Bréfritari: Lárus Bjarnason
Dagsetning: A-1872-03-12
Skrifað á: Árnakoti

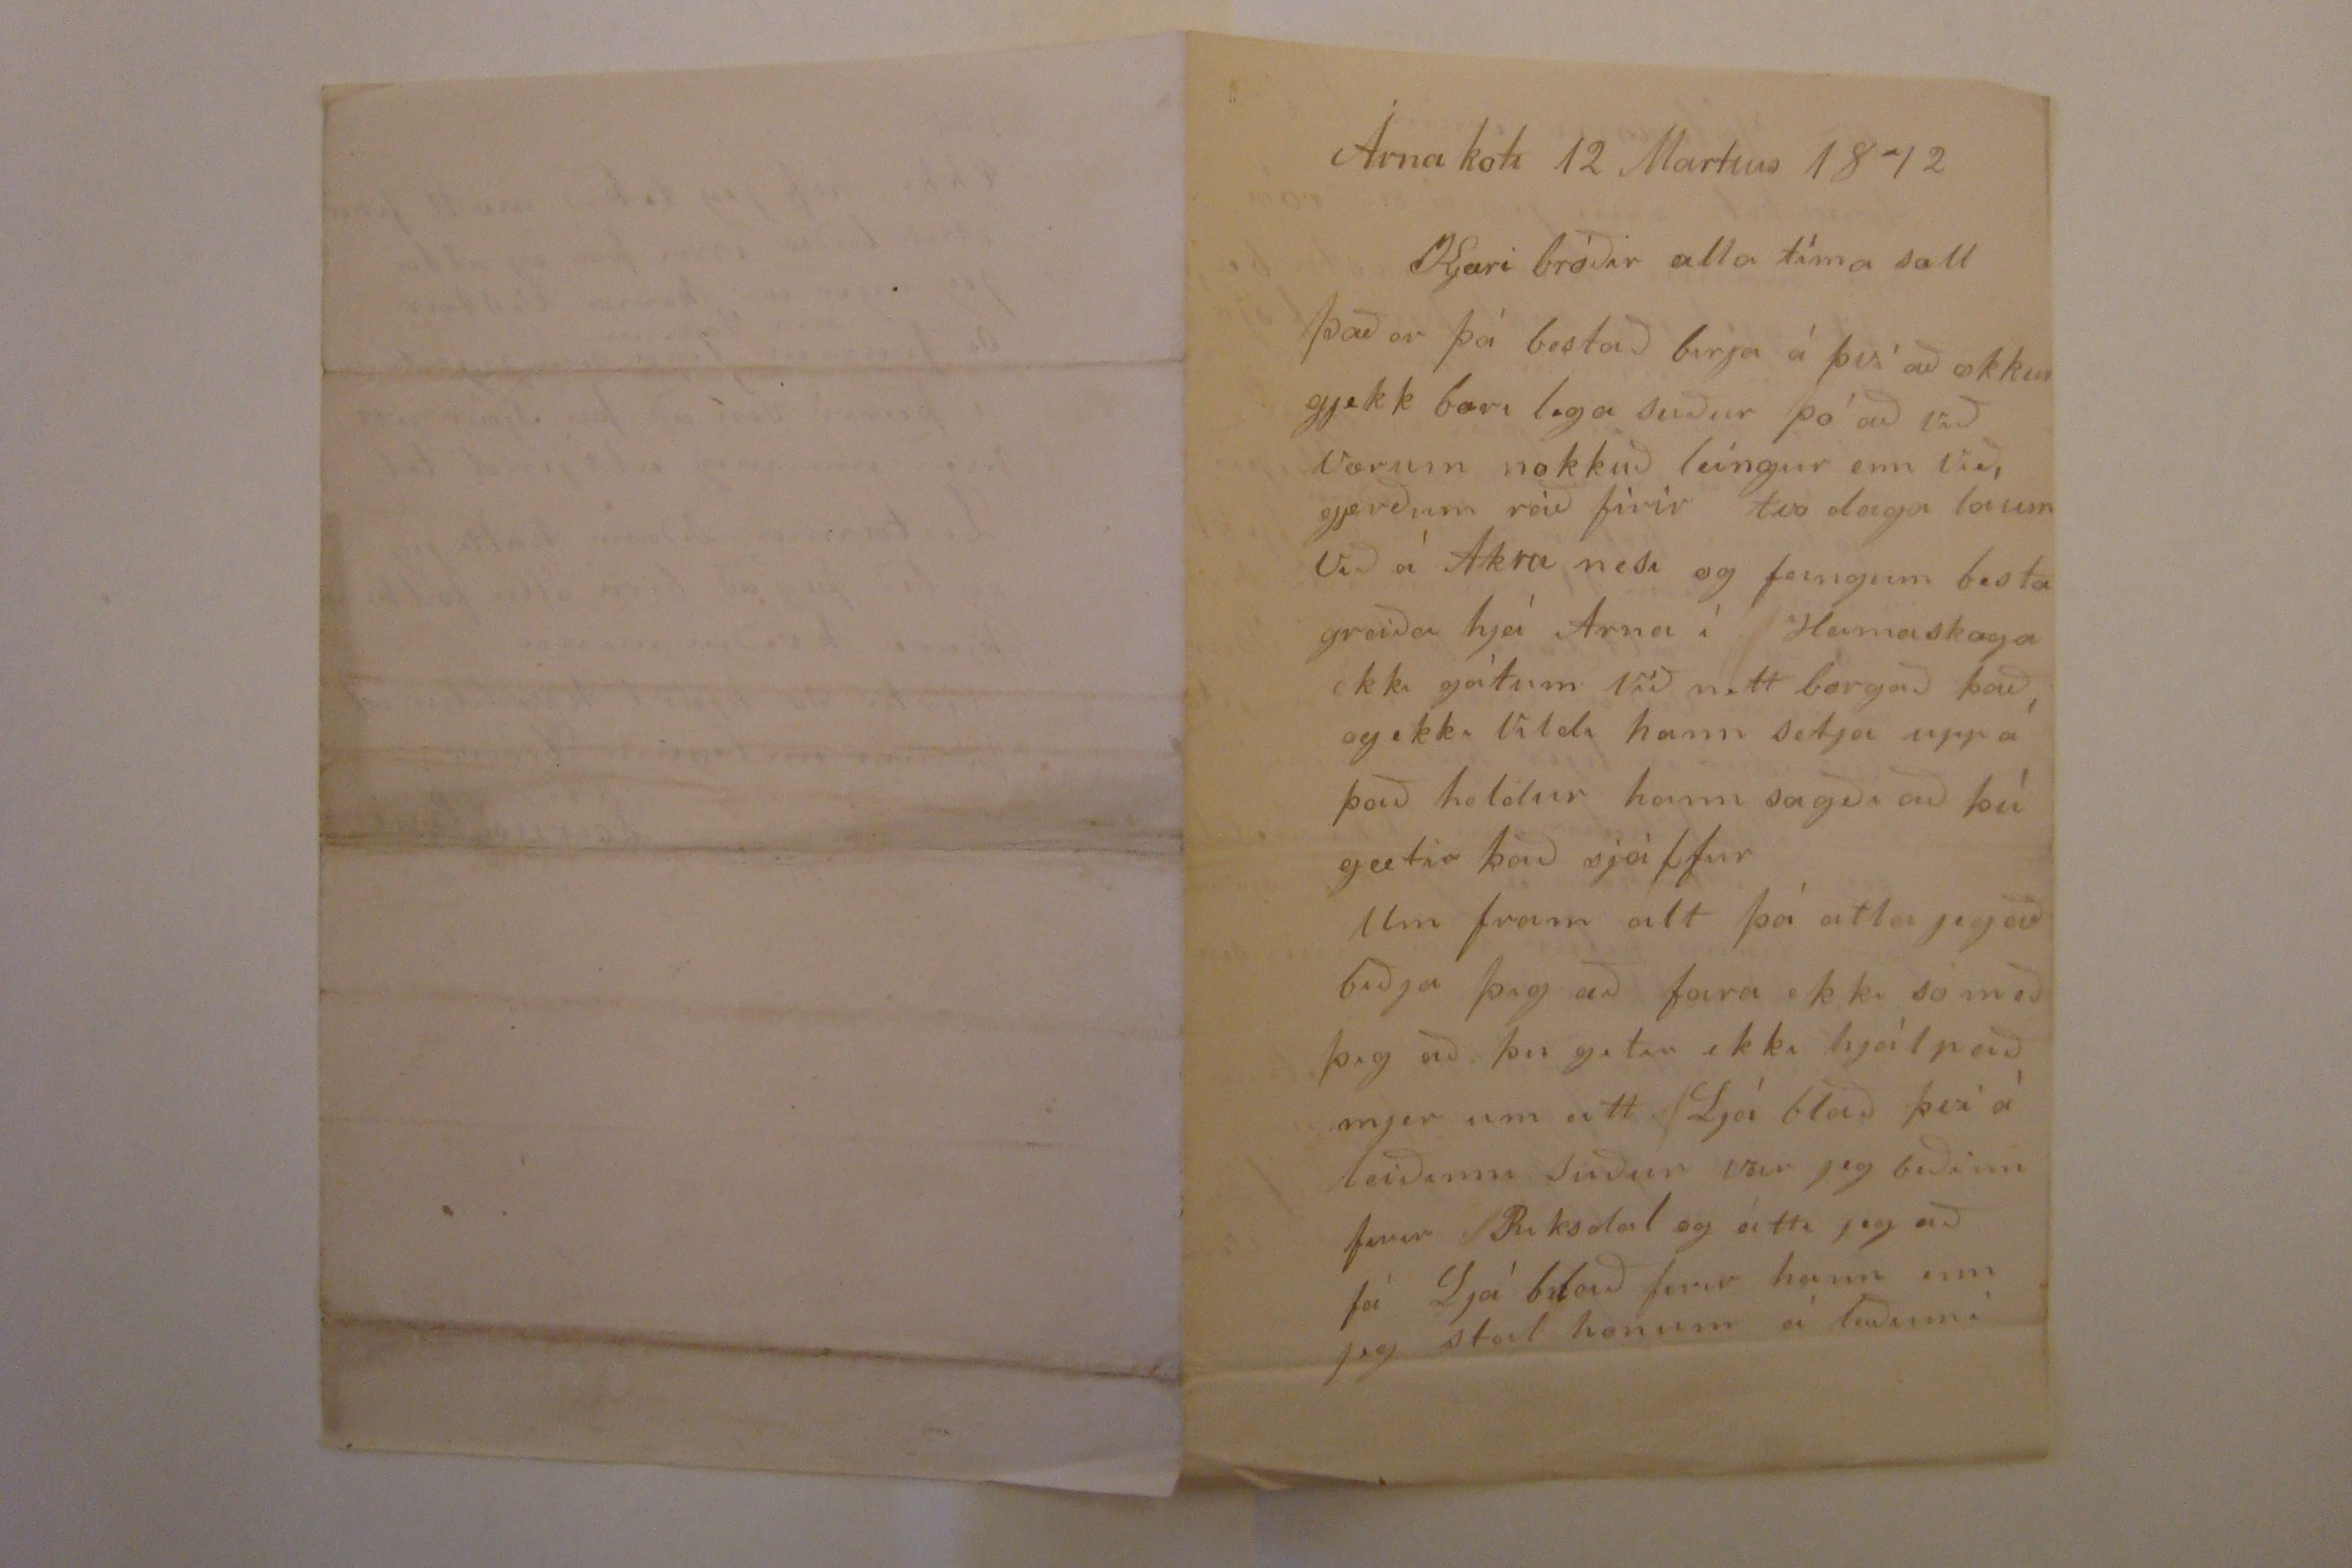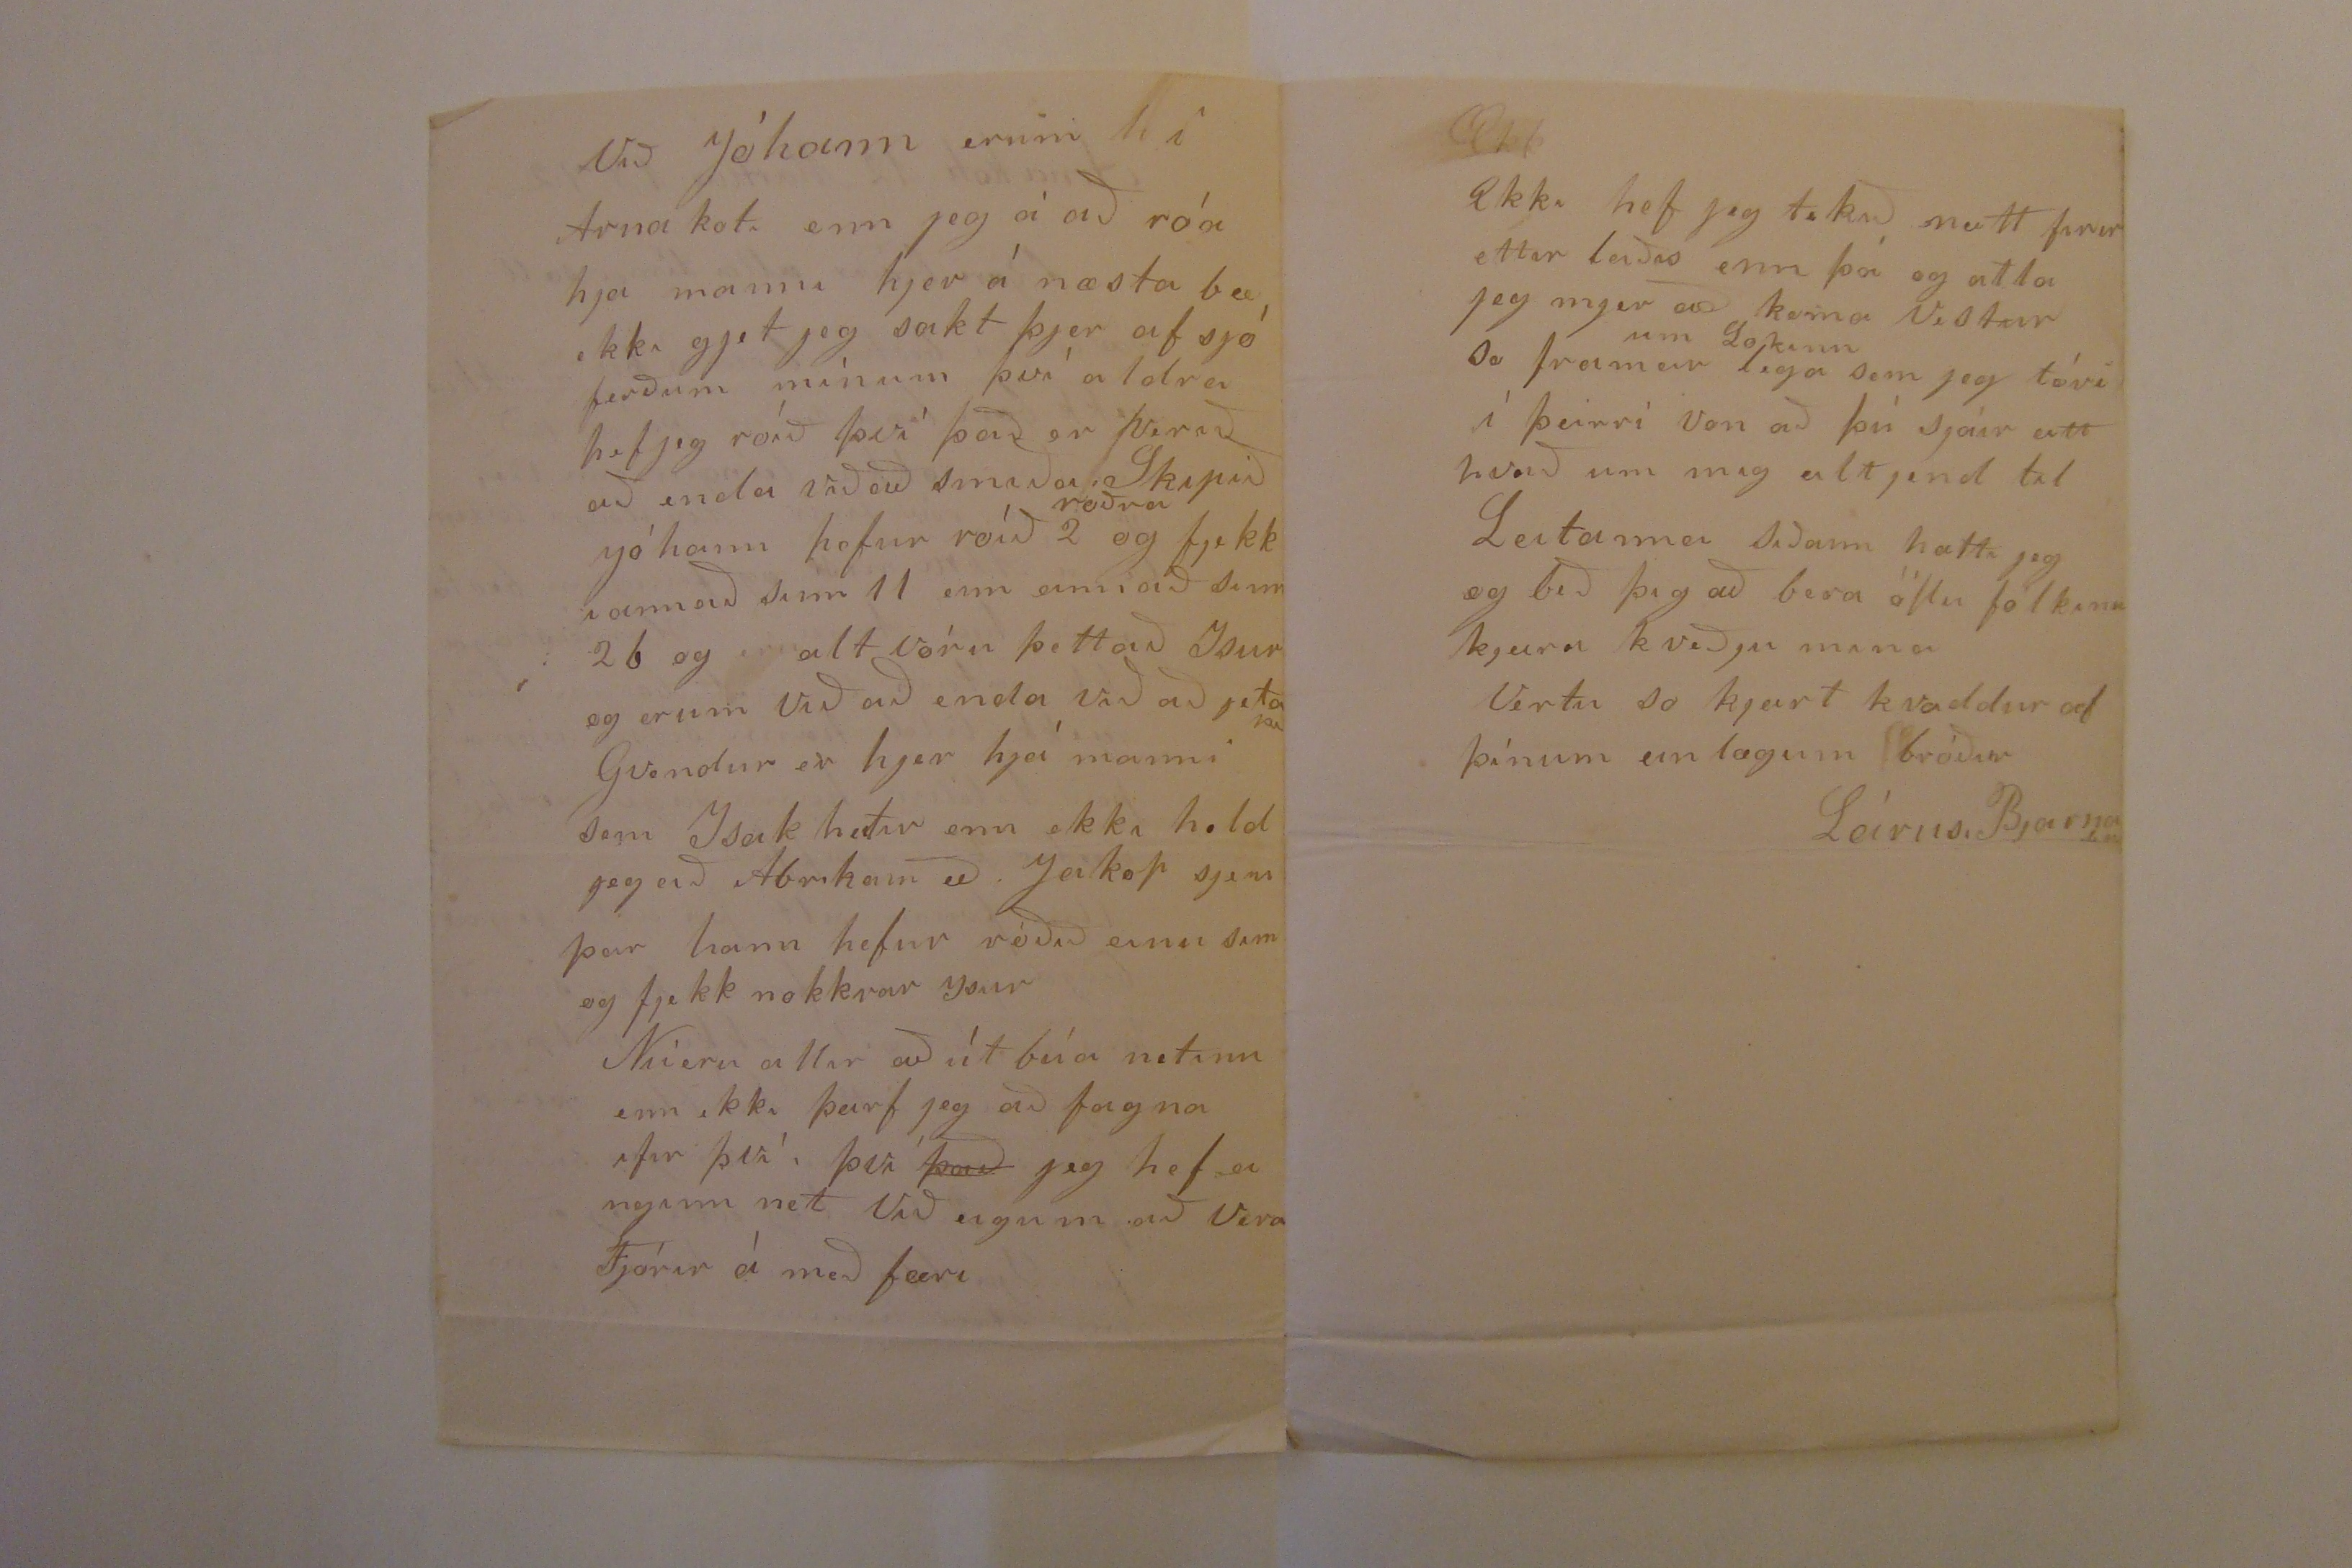

Árnakoti 12 Martius 1872
Kjæri bróðir alla tíma sæll
Það er þá bestað birja á þvi´að okkur gjekk bærilega suður þó að við værum nokkuð leingur enn við gjerðum ráð firir tvo daga
vorum
við á Akranesi og feingum besta greiða hjá Arna í
Heimaskaga
ekki gátum við neitt borgað það og ekki vildi hann setja upp á það heldur hann sagði að þú gætir það sjálfur
Um fram alt þá atla jeg að biðja þig að fara ekki so með þig að þu getir ekki hjálpað mjer um eitt Ljá blað því á leiðinni suður var jeg beðinn firir Riksdal og átti jeg að fá Ljáblað firir hann enn jeg stal honum á leiðinni
Við Jóhann erum í Arnakoti enn jeg á að róa hja manni hjer á næsta bæ ekki gjet jeg sakt þjer af sjóferðum mínum því aldrei hef jeg róið því það er verið að enda við að smiða Skipið Jóhann hefur róið 2
róðra
og fjekk i annað sinn 11 enn annað sinn 26 og alt vóru þettað Ysur og erum við að enda við að jeta
Gvendur er hjer hjá manni sem Isak heitir enn ekki held jeg að Abraham eð Jakop sjeu þar hann hefur róðið einu sinn og fjekk nokkrar ysur
Nú eru allir að útbúa nitinn enn ekki þarf jeg að fagna ifir því
það
jeg hef ei 00000 net eigum vera Fjórir á með færi
Ekki hef jeg tekið neitt firir
ettir leiði
enn þá og atla jeg mjer að koma vestur so framar leg
um Lokinn
sem jeg tóri í þeirri von að þú sjáir eitt hvað um mig altjent til
Leitarina
siðann hætti jeg og bið þig að bera öllu fólkinu kjæra kveðjur mina
Verstu so kjært kvaddur af þínum einlægum bróður
Lárusi Bjarnasini